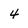
Character: 4